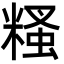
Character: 糔